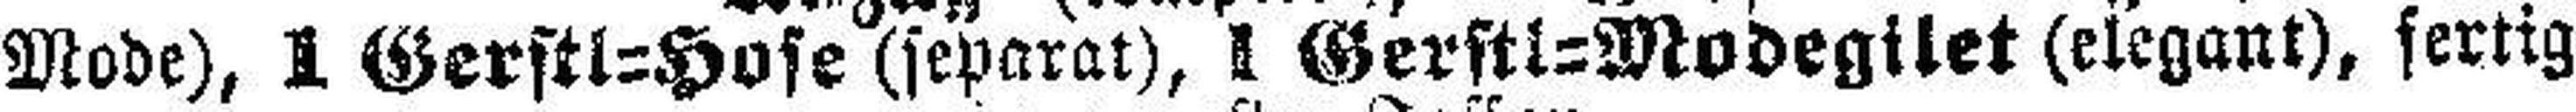
Mode), 1 Gerstl=Hose (separat), 1 Gerstl=Modegilet (elegant), fertig